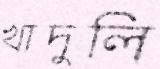
খাদুলি